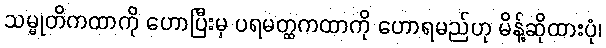
သမ္မုတိကထာကို ဟောပြီးမှ ပရမတ္ထကထာကို ဟောရမည်ဟု မိန့်ဆိုထားပုံ၊